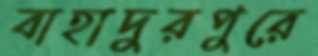
বাহাদুরপুরে